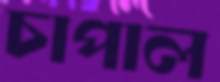
চাপাল